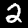
Label: 2